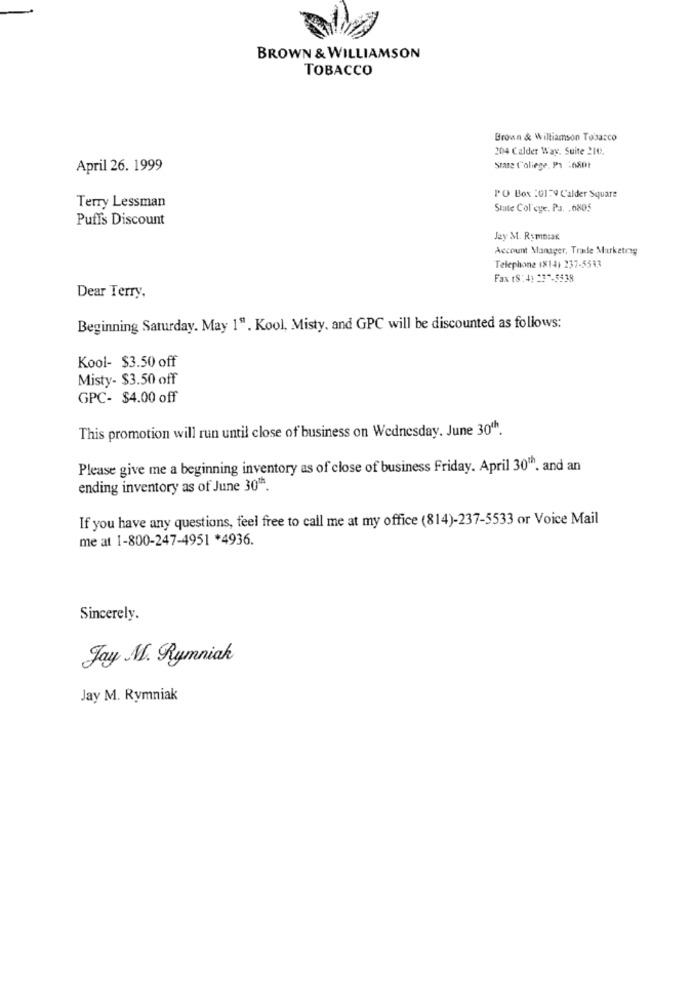
BROWN & WILLIAMSON
TOBACCO
Brown & Williamson Tobacco
204 Calder Way, Suite 210.
April 26. 1999
State College, Pr 1650t
PO Box 20179 C'alder Square
Terry Lessman
Siate Col cye. Pa. . 6805
Puffs Discount
Jay M. R:mntak
Account Manager, Trade Marketing
Telephone (8141 237-5533
Fax (S : 4) 237-5538
Dear Terry,
Beginning Saturday. May 1". Kool, Misty, and GPC will be discounted as follows:
Kool- $3.50 off
Misty- $3.50 off
GPC- $4.00 off
This promotion will run until close of business on Wednesday. June 30'h.
Please give me a beginning inventory as of close of business Friday. April 30th. and an
ending inventory as of June 30".
If you have any questions, feel free to call me at my office (814)-237-5533 or Voice Mail
me at 1-800-247-4951 *4936.
Sincerely.
Jay M. Rymniak
Jay M. Rymniak